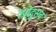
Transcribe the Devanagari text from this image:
रेप्रोदुसद